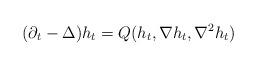
LaTeX: \begin{align*}(\partial_t - \Delta) h_t = Q(h_t, \nabla h_t , \nabla^2 h_t)\end{align*}